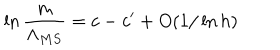
\ln \frac { m } { \Lambda _ { M S } } = c - c ^ { \prime } + O ( 1 / \ln h )